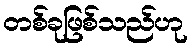
တစ်ခုဖြစ်သည်ဟု